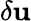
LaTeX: \mathbf{\delta u}